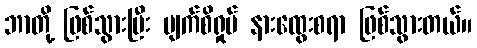
ဘာတို့ ဖြစ်သွားပြီး မျက်စိရှုပ် နားထွေးစရာ ဖြစ်သွားတယ်။